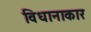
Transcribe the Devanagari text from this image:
विधानाकार